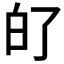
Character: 𤽀